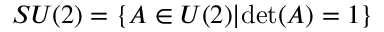
S U ( 2 ) = \{ A \in U ( 2 ) | \mathrm { d e t } ( A ) = 1 \}